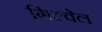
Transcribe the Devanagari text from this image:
गिल्वेल